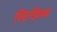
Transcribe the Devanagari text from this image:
स्टिफ्निक